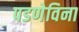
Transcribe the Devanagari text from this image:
पडणेविना